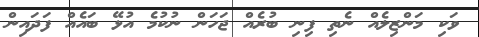
ވަކި މަންޒިލެއް ނެތި ފިނި ބުރެއް ޖަހަން ނުކުމެ އުޅޭ ބައެއް ފަދައިން